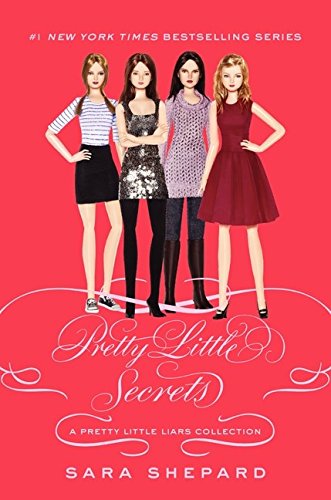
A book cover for Pretty Little Liars: Pretty Little Secrets (Pretty Little Liars Companion Novel); Sara Shepard; Teen & Young Adult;